Lunatic asylums in Bengal annual reports 1912-1924 - 1912-1924
Year: 1912
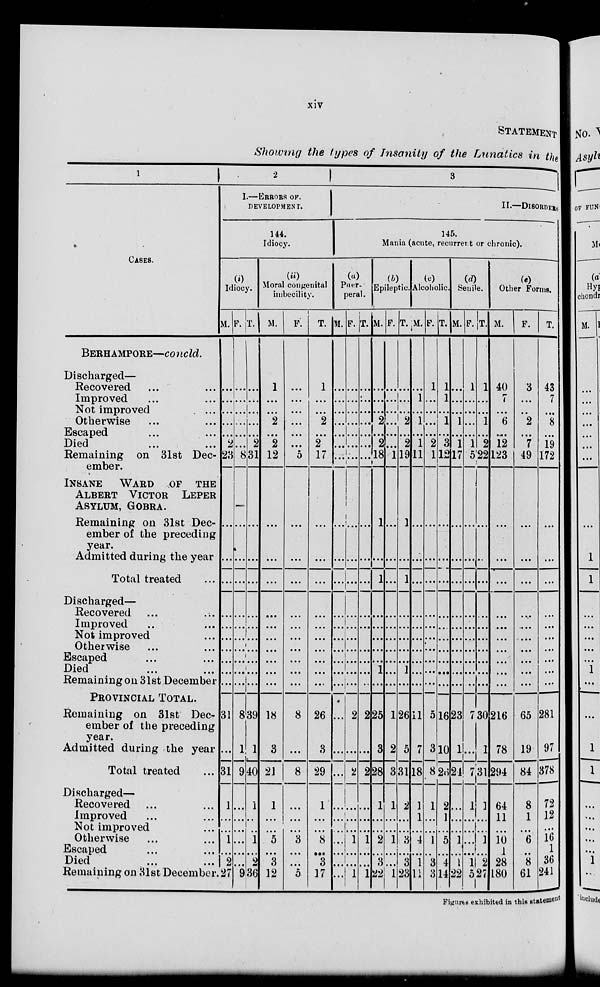
xiv
STATEMENT
Showing the types of Insanity of the Lunatics in the
1
CASES.
BERHAMPORE—concld.
Discharged—
Recovered ... ...
Improved ... ...
Not improved ... ...
Otherwise ... ...
Escaped ... ...
Died ... ...
Remaining on 31st Dec-
ember.
INSANE WARD OF THE
ALBERT VICTOR LEPER
ASYLUM, GOBRA.
Remaining on 31st Dec-
ember of the preceding
year.
Admitted during the year
Total treated ...
Discharged—
Recovered ... ...
Improved ... ...
Not improved ...
Otherwise ... ...
Escaped ... ...
Died ... ...
Remaining on 31st December
PROVINCIAL TOTAL.
Remaining on 31st Dec-
ember of the preceding
year.
Admitted during the year
Total treated ...
Discharged—
Recovered ... ...
Improved ... ...
Not improved ...
Otherwise ... ...
Escaped ... ...
Died ... ...
Remaining on 31st December.
2
I.—ERRORS OF.
DEVELOPMENT.
144.
Idiocy.
(i)
Idiocy.
M.
...
...
...
...
...
2
23
...
...
...
...
...
...
...
...
...
...
31
...
31
1
...
...
1
...
2
27
F.
...
...
...
...
...
...
8
...
...
...
...
...
...
...
...
...
...
8
1
9
...
...
...
...
...
...
9
T.
...
...
...
...
...
2
31
...
...
...
...
...
...
...
...
...
...
39
1
40
1
...
...
1
...
2
36
(ii)
Moral congenital
imbecility.
M.
1
...
...
2
...
2
12
...
...
...
...
...
...
...
...
...
...
18
3
21
1
...
...
5
...
3
12
F.
...
...
...
...
...
...
5
...
...
...
...
...
...
...
...
...
...
8
...
8
...
...
...
3
...
...
5
T.
1
...
...
2
...
2
17
...
...
...
...
...
...
...
...
...
...
26
3
29
1
...
...
8
...
3
17
3
II.—DISORDERS
145.
Mania (acute, recurrent or chronic).
(a)
Puer-
peral.
M.
...
...
...
...
...
...
...
...
...
...
...
...
...
...
...
...
...
...
...
...
...
...
...
...
...
...
...
F.
...
...
...
...
...
...
...
...
...
...
...
...
...
...
...
...
...
2
...
2
...
...
...
1
...
...
1
T.
...
...
...
...
...
...
...
...
...
...
...
...
...
...
...
...
...
2
...
2
...
...
...
1
...
...
1
(b)
Epileptic.
M.
...
...
...
2
...
2
18
1
...
1
...
...
...
...
...
1
...
25
3
28
1
...
...
2
...
3
22
F.
...
...
...
...
...
...
1
...
...
...
...
...
...
...
...
...
...
1
2
3
1
...
...
1
...
...
1
T.
...
...
...
2
...
2
19
1
...
1
...
...
...
...
...
1
...
26
5
31
2
...
...
3
...
3
23
(c)
Alcoholic.
M.
...
1
...
1
...
1
11
...
...
...
...
...
...
...
...
...
...
11
7
18
1
1
...
4
...
1
11
F.
1
...
...
...
...
2
1
...
...
...
...
...
...
...
...
...
...
3
3
8
1
...
...
1
...
3
3
T.
1
1
...
1
...
3
12
...
...
...
...
...
...
...
...
...
...
16
10
26
2
1
...
5
...
4
14
(d)
Senile.
M.
...
...
...
1
...
1
17
...
...
...
...
...
...
...
...
...
...
23
1
24
...
...
...
1
...
1
22
F.
1
...
...
...
...
1
5
...
...
...
...
...
...
...
...
...
...
7
...
7
1
...
...
...
...
l
5
T.
1
...
...
1
...
2
22
...
...
...
...
...
...
...
...
...
...
30
1
31
1
...
...
1
...
2
27
(e)
Other Forms.
M.
40
7
...
6
...
12
123
...
...
...
...
...
...
...
...
...
...
216
78
294
64
11
...
10
1
28
180
F.
3
...
...
2
...
7
49
...
...
...
...
...
...
...
...
...
...
65
19
84
8
1
...
6
...
8
61
T.
43
7
...
8
...
19
172
...
...
...
...
...
...
...
...
...
...
281
97
378
72
12
...
16
1
36
241
Figures exhibited in this statement